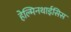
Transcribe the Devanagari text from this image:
हेल्मिनथाईसिस